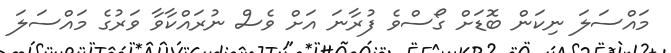
މައްސަލަ ނިކަން ބޮޑަށް ގޯސްވެ ފުރާނަ އަށް ވެސް ނުރައްކާވާ ވަރުގެ މައްސަލަ